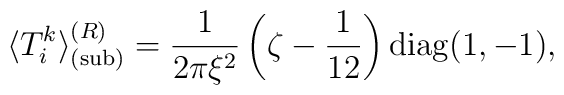
\langle T_{i}^{k}\rangle _{{\mathrm{(sub)}}}^{(R)}=  \frac{1}{2\pi \xi ^2}\left( \zeta -\frac{1}{12}\right)  {\mathrm{diag}}(1,-1),